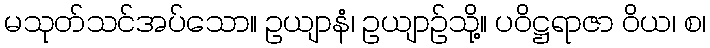
မသုတ်သင်အပ်သော။ ဥယျာနံ၊ ဥယျာဉ်သို့။ ပဝိဋ္ဌရာဇာ ဝိယ၊ စ၊